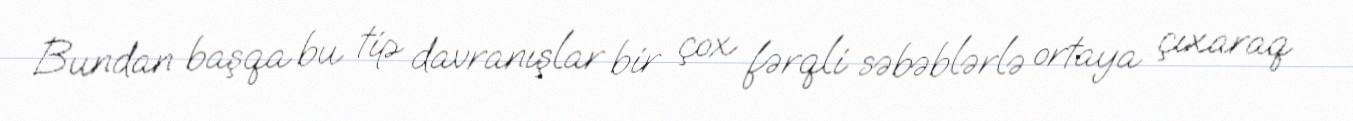
Bundan başqa bu tip davranışlar bir çox fərqli səbəblərlə ortaya çıxaraq